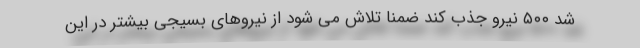
شد ۵۰۰ نیرو جذب کند ضمنا تلاش می شود از نیروهای بسیجی بیشتر در این